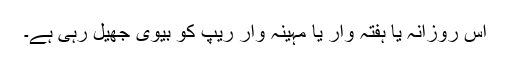
اس روزانہ یا ہفتہ وار یا مہینہ وار ریپ کو بیوی جھیل رہی ہے۔